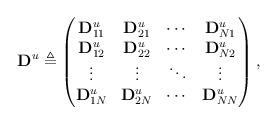
LaTeX: \begin{align*}\mathbf{D}^u\triangleq\begin{pmatrix} \mathbf{D}_{11}^u & \mathbf{D}_{21}^u & \cdots & \mathbf{D}_{N1}^u \\ \mathbf{D}_{12}^u & \mathbf{D}_{22}^u & \cdots & \mathbf{D}_{N2}^u \\ \vdots & \vdots & \ddots & \vdots \\ \mathbf{D}_{1N}^u & \mathbf{D}_{2N}^u & \cdots & \mathbf{D}_{NN}^u\end{pmatrix},\end{align*}